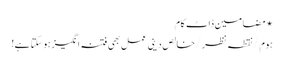
⋆ مضامین ڈاٹ کام
ہوم/نقطہ نظر/خالص دینی عمل بھی فتنہ انگیز ہوسکتا ہے!